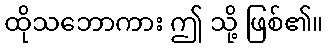
ထိုသဘောကား ဤ သို့ ဖြစ်၏။